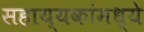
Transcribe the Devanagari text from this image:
सहाय्यकांमध्ये